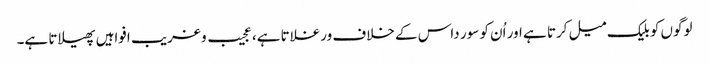
لوگوں کو بلیک میل کرتا ہے اور اُن کو سور داس کے خلاف ورغلاتا ہے، عجیب و غریب افواہیں پھیلاتا ہے۔